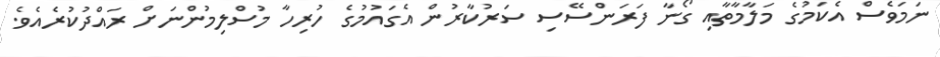
ނަމަވެސް އެކަމުގެ މަލާމާތާއި ގޯނާ ފަރަންސޭސި ސަރުކާރުން އެގައުމުގެ ހުރިހާ މުސްލިމުންނަށް ރައްދުކުރެއެވެ.